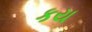
કય